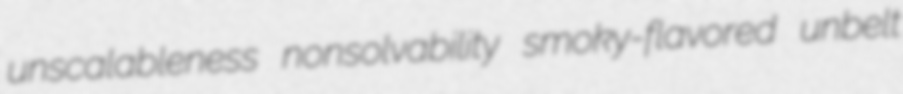
unscalableness nonsolvability smoky-flavored unbelt